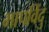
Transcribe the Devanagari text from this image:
भापविंदु